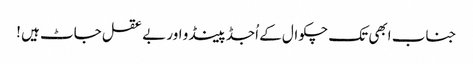
جناب ابھی تک چکوال کے اُجڈ پینڈو اور بے عقل جاٹ ہیں !